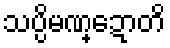
သပ္ပိမဏ္ဍောတိ